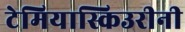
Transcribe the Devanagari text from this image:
टेमियास्किउरीनी